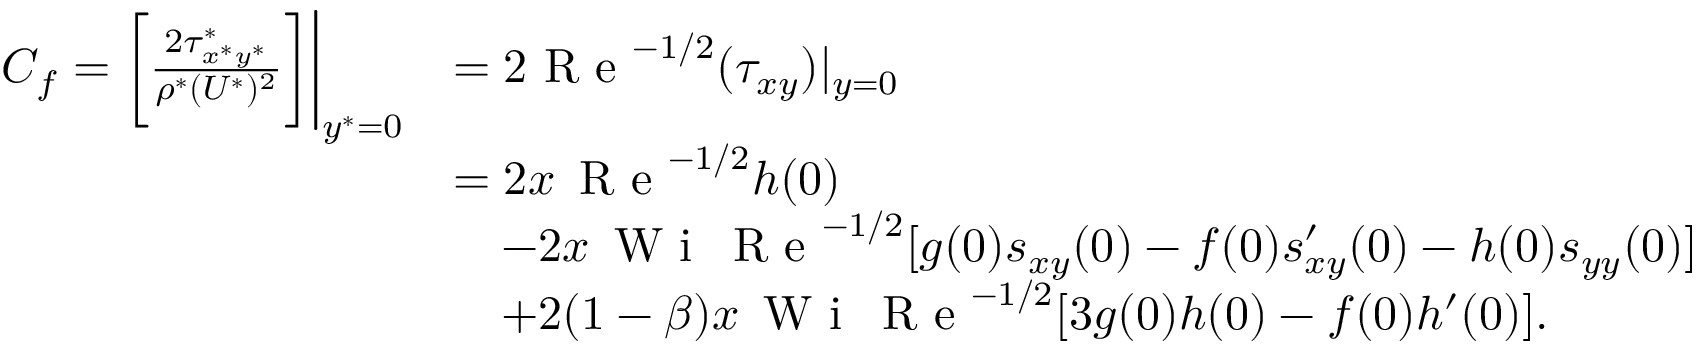
\begin{array} { r l } { C _ { f } = \biggl [ \frac { 2 \tau _ { x ^ { * } y ^ { * } } ^ { * } } { \rho ^ { * } ( U ^ { * } ) ^ { 2 } } \biggr ] \biggl | _ { y ^ { * } = 0 } } & { = 2 \textrm { R e } ^ { - 1 / 2 } ( \tau _ { x y } ) | _ { y = 0 } } \\ & { = 2 x \, \textrm { R e } ^ { - 1 / 2 } h ( 0 ) } \\ & { \quad - 2 x \, \textrm { W i } \, \textrm { R e } ^ { - 1 / 2 } [ g ( 0 ) s _ { x y } ( 0 ) - f ( 0 ) s _ { x y } ^ { \prime } ( 0 ) - h ( 0 ) s _ { y y } ( 0 ) ] } \\ & { \quad + 2 ( 1 - \beta ) x \, \textrm { W i } \, \textrm { R e } ^ { - 1 / 2 } [ 3 g ( 0 ) h ( 0 ) - f ( 0 ) h ^ { \prime } ( 0 ) ] . } \end{array}